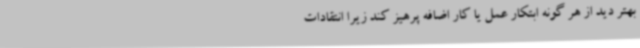
بهتر دید از هر گونه ابتکار عمل یا کار اضافه پرهیز کند زیرا انتقادات